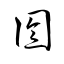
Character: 囹